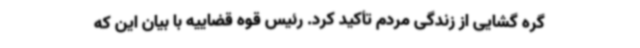
گره گشایی از زندگی مردم تأکید کرد. رئیس قوه قضاییه با بیان این که